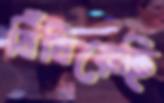
বিঁধিয়েছি